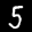
Label: 5